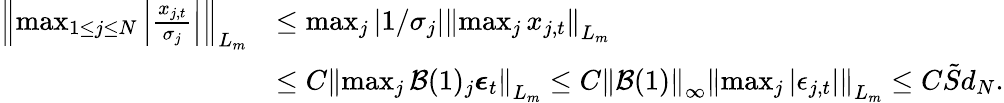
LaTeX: \begin{array}{rl}{\left\lVert\operatorname*{max}_{1\leq j\leq N}\left\lvert\frac{x_{j,t}}{\sigma_{j}}\right\rvert\right\rVert_{L_{m}}}&{\leq\operatorname*{max}_{j}\left\lvert 1/\sigma_{j}\right\rvert\left\lVert\operatorname*{max}_{j}x_{j,t}\right\rVert_{L_{m}}}\\ &{\leq C\left\lVert\operatorname*{max}_{j}\mathcal{B}(1)_{j}\boldsymbol{\epsilon}_{t}\right\rVert_{L_{m}}\leq C\left\lVert\mathcal{B}(1)\right\rVert_{\infty}\left\lVert\operatorname*{max}_{j}\left\lvert\epsilon_{j,t}\right\rvert\right\rVert_{L_{m}}\leq C\tilde{S}d_{N}.}\end{array}